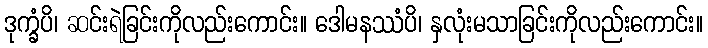
ဒုက္ခံပိ၊ ဆင်းရဲခြင်းကိုလည်းကောင်း။ ဒေါမနဿံပိ၊ နှလုံးမသာခြင်းကိုလည်းကောင်း။